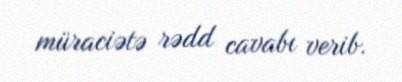
müraciətə rədd cavabı verib.